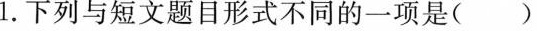
1.下列与短文题目形式不同的一项是( )